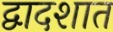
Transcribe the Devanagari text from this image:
द्वादशात